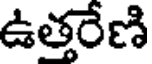
ఉత్తరేణి